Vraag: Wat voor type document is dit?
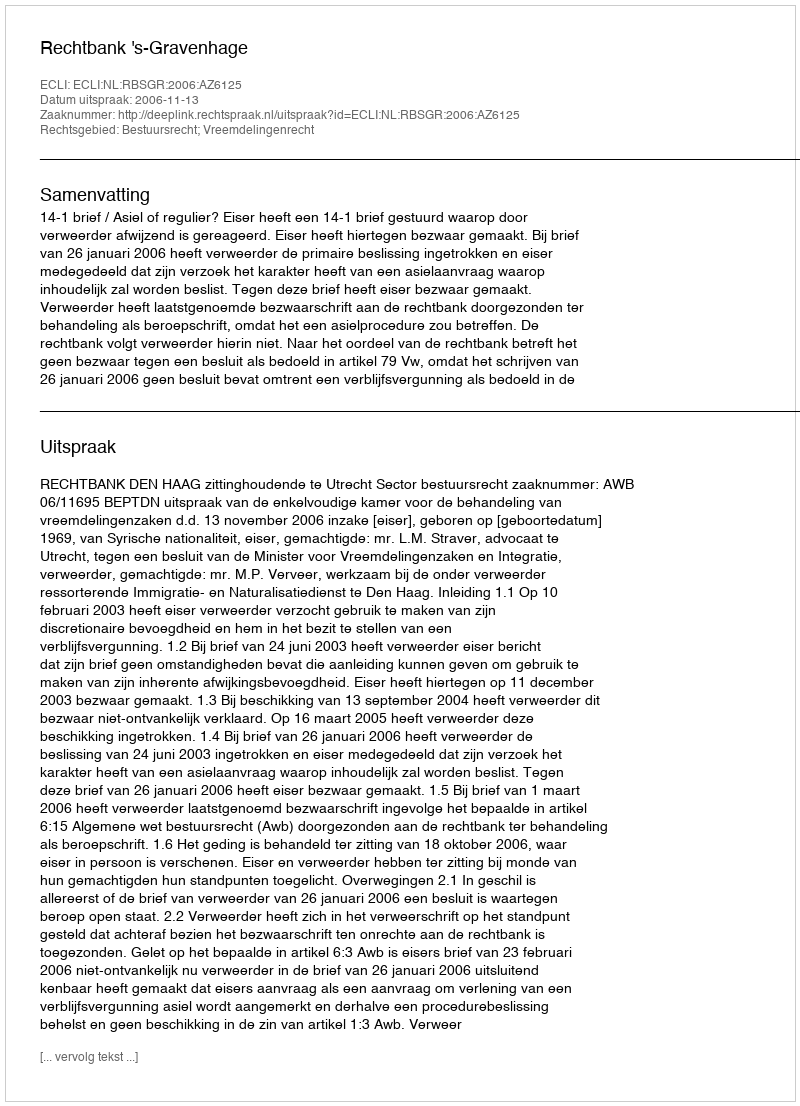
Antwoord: Uitspraak